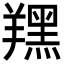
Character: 𦏉